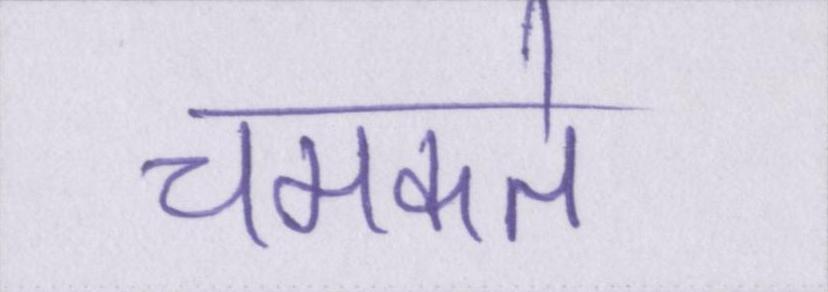
चमकते